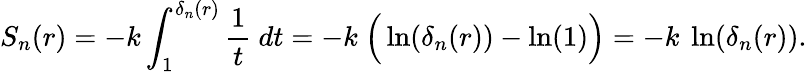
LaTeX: S_{n}(r)=-k\int_{1}^{\delta_{n}(r)}{\frac{1}{t}}\ dt=-k\ \Big(\ln(\delta_{n}(r))-\ln(1)\Big)=-k\ \ln(\delta_{n}(r)).